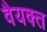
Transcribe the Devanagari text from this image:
वैयक्त